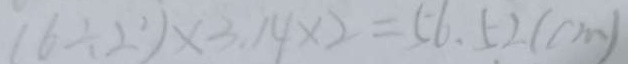
( 6 \div 2 ^ { 2 } ) \times 3 . 1 4 \times 2 = 5 6 . 5 2 ( c m )